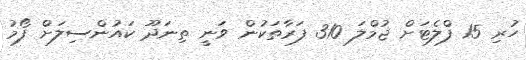
ހުރި 15 ފްލެޓަށް ޖުމްލަ 310 ފަރާތަކުން ވަނީ ތިނަދޫ ކައުންސިލަށް ފޯމު